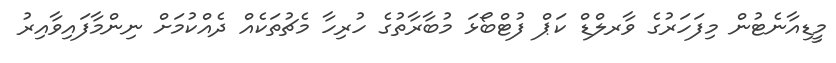
މީޑިއާނެޓުން މިފަހަރުގެ ވާރލްޑް ކަޕް ފުޓްބޯޅަ މުބާރާތުގެ ހުރިހާ މެޗުތަކެއް ދެއްކުމަށް ނިންމާފައިވާއިރު